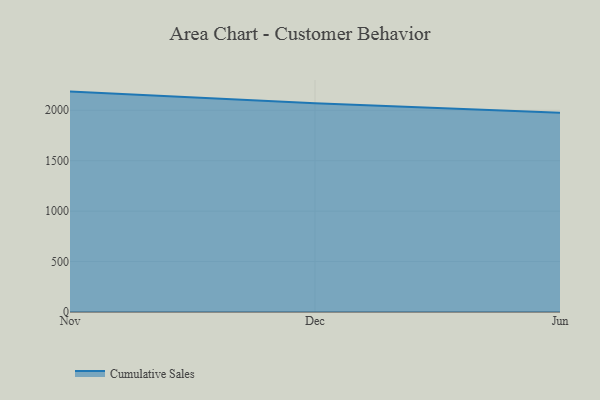
{"axis": {"x": "Month", "y": "Headcount"}, "legend": ["Cumulative Sales"], "data": [{"x": "Nov", "y": 2184.9, "type": "Cumulative Sales"}, {"x": "Dec", "y": 2070.2, "type": "Cumulative Sales"}, {"x": "Jun", "y": 1975.5, "type": "Cumulative Sales"}]}